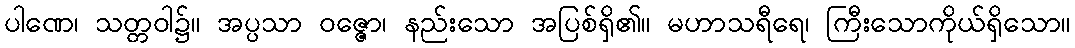
ပါဏေ၊ သတ္တဝါ၌။ အပ္ပသာ ဝဇ္ဇော၊ နည်းသော အပြစ်ရှိ၏။ မဟာသရီရေ၊ ကြီးသောကိုယ်ရှိသော။